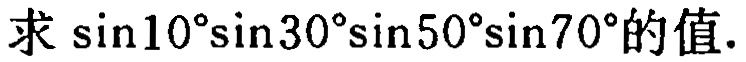
求\(\sin10^{\circ}\sin30^{\circ}\sin50^{\circ}\sin70^{\circ}\)的值.